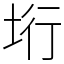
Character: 垳